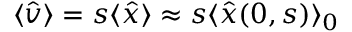
\langle \hat { v } \rangle = s \langle \hat { x } \rangle \approx s \langle \hat { x } ( 0 , s ) \rangle _ { 0 }